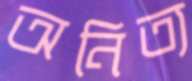
অনিত্য